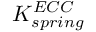
K _ { s p r i n g } ^ { E C C }